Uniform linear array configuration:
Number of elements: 32
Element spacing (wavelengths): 1
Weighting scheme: uniform
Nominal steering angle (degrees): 15
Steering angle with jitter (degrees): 13.859
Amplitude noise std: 0.05
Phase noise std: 0.05

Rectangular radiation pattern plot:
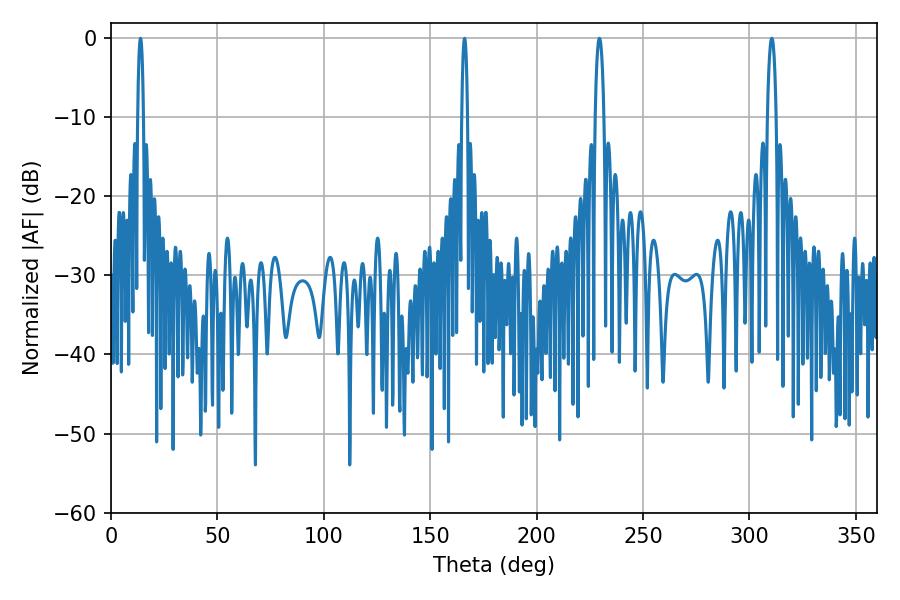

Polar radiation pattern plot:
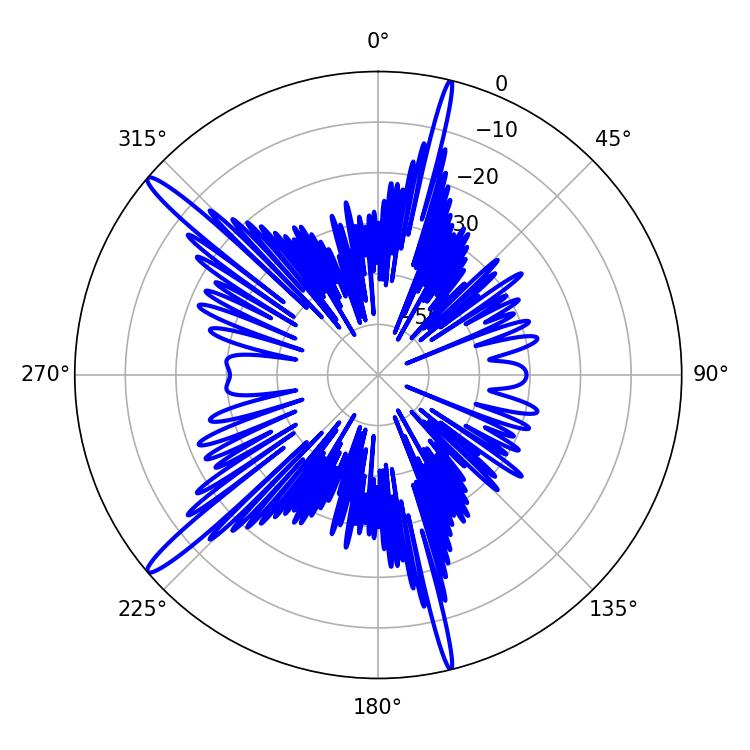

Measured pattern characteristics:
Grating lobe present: TRUE
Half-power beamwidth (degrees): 2.16
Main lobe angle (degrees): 310.5